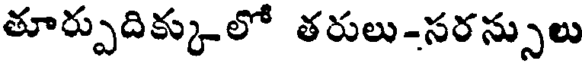
తూర్పుదిక్కులో తరులు-సరస్సులు